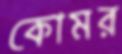
কোমর